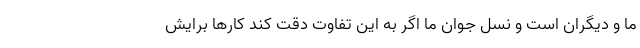
ما و دیگران است و نسل جوان ما اگر به این تفاوت دقت کند کارها برایش